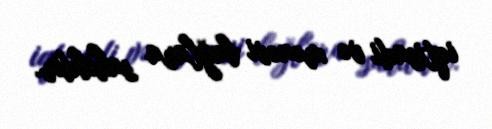
iqtisadi və mənəvi bağlara sahibdir.